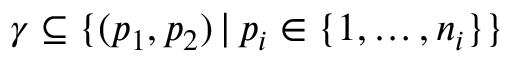
\gamma \subseteq \{ ( p _ { 1 } , p _ { 2 } ) \, | \, p _ { i } \in \{ 1 , \dots , n _ { i } \} \}